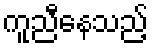
ကူညီနေသည့်